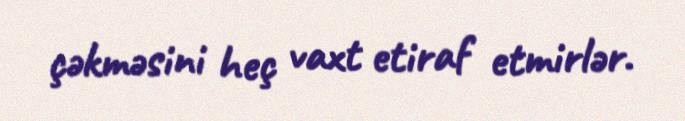
çəkməsini heç vaxt etiraf etmirlər.